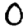
Digit: 0